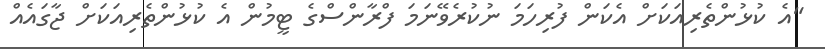
"އެ ކުޅުންތެރިއަކަށް އެކަން ފުރިހަމަ ނުކުރެވޭނަމަ ފްރާންސްގެ ޓީމުން އެ ކުޅުންތެރިއަކަށް ޖާގައެއް